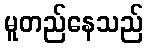
မူတည်နေသည်